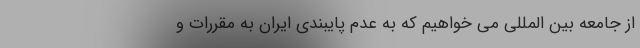
از جامعه بین المللی می خواهیم که به عدم پایبندی ایران به مقررات و